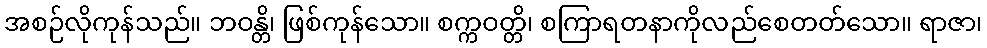
အစဉ်လိုကုန်သည်။ ဘဝန္တိ၊ ဖြစ်ကုန်သော။ စက္ကဝတ္တိ၊ စကြာရတနာကိုလည်စေတတ်သော။ ရာဇာ၊